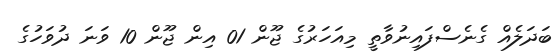
ބަދަލެއް ގެނެސްފައިނުވާތީ މިއަހަރުގެ ޖޫން 01 އިން ޖޫން 10 ވަނަ ދުވަހުގެ